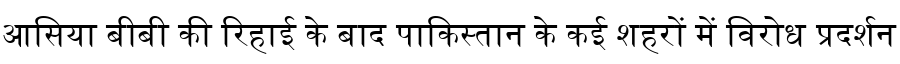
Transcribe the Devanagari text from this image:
आसिया बीबी की रिहाई के बाद पाकिस्तान के कई शहरों में विरोध प्रदर्शन